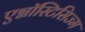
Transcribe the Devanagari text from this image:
एग्नॉस्टिसिज्म